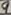
Text: 9